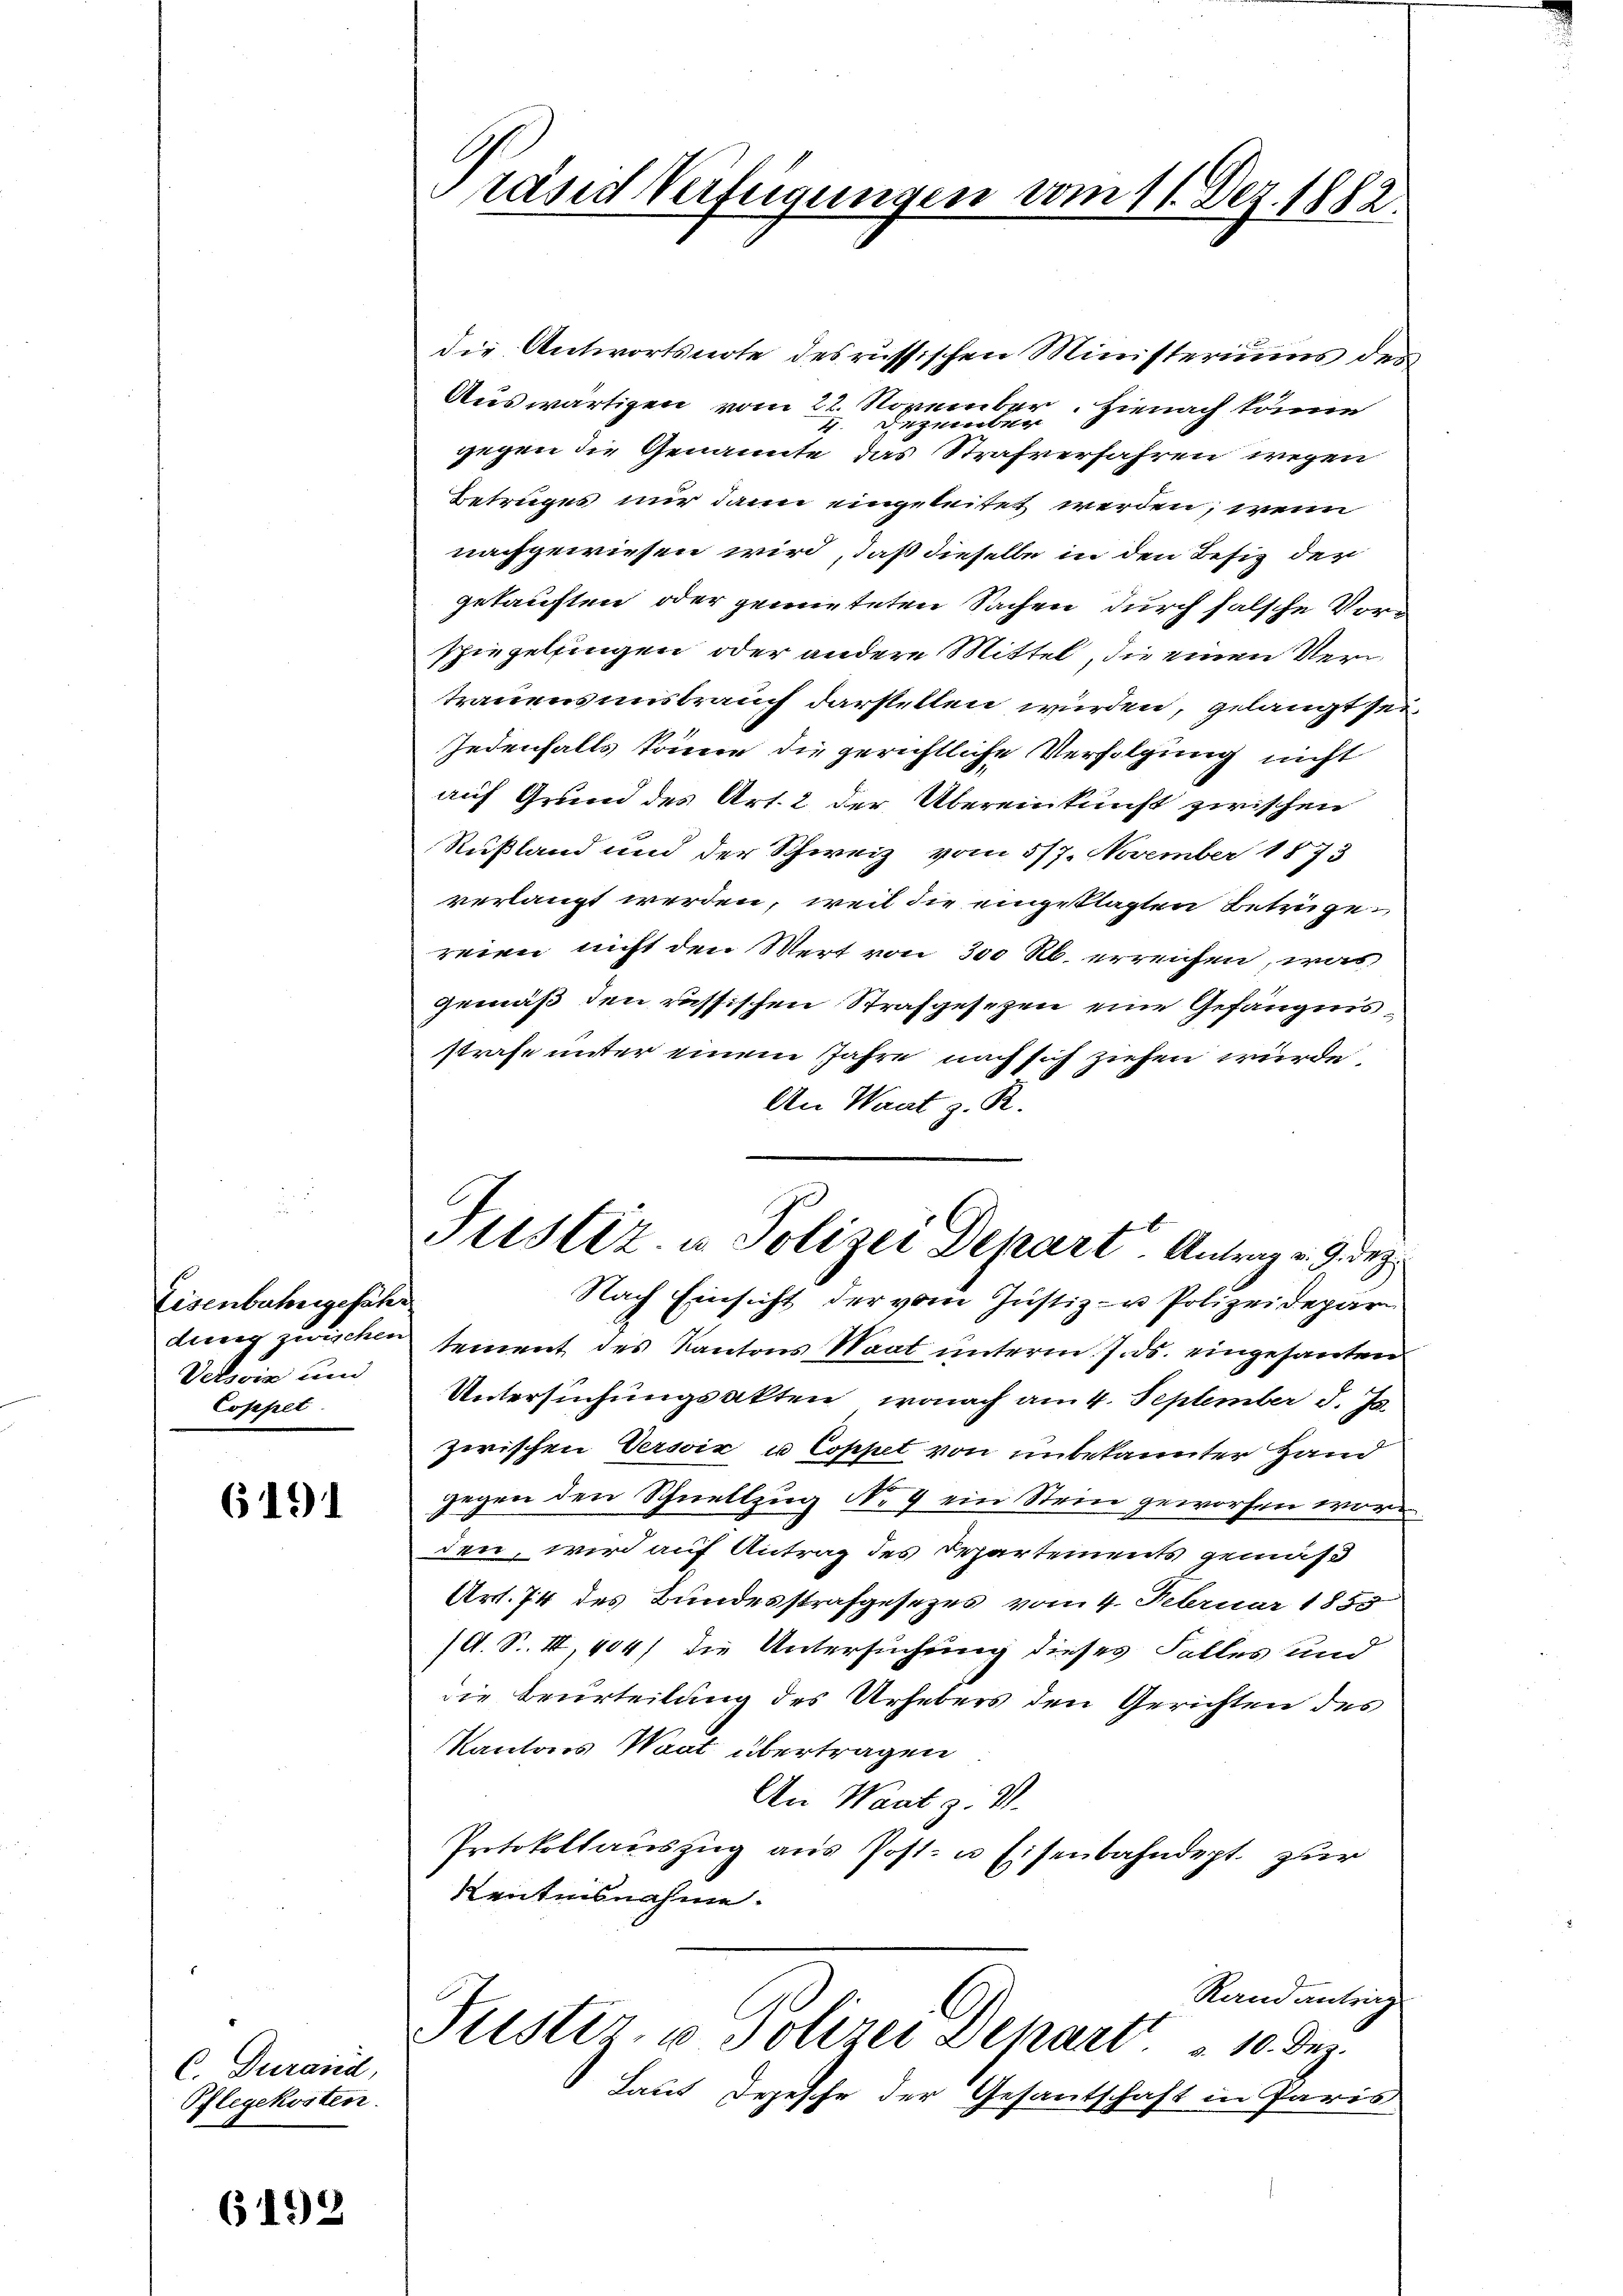
Eisenbahngefähr
Vetović und
Coppet

6191

C. Duraied,
Pflegekosten.

6492

räsd Verfügungen vom 11. Dez. 1882.

die Antwortsnote des russischen Ministeriums des
Auswärtigen vom 22. November. Hienach könne
Dezember
gegen die Genannte das Strafverfahren wegen
Betruges nur dann eingeleitet werden, wenn
nachgewiesen wird, daß dieselbe in den Besitz der
gekauften oder gemüsteten Sachen durch falsche Vorspiegelfingen oder andere Mittel, die einen Vertrauens unsbrauch darstellen würden, gelangt sei,
Jedenfalls könne die gerichtliche Verfolgung nicht
auf Grund des Art. 2 der Übereinkunft zwischen
Rußland und der Schweiz vom 5/7. November 1873
verlangt werden, weil die eingeklagten Betrüge
reien nicht den Wert von 300 Rb. erreichen, was
gemäß den russischen Strafgesezen eine Gefängnisstrafe unter einem Jahre nach sich ziehen würde,
An Wart z. R.
Nach Einsicht der vom Justiz- u Polizeidepar
dung zwischen seinent des Kantons Saat unterm 7. ds. eingesanten
Untersuchungsakten, wonach am 4. September d. Js.
zwischen Versie u Coppet von unbekannter Hand
gegen den Schnellzug No 9 ein Stein geworfen worden, wird auf Antrag des Departements gemäß
Art. 74 des Bundesstrafgesezes vom 4. Februar 1855
/A. S. II, 404) die Untersuchung dieses Falles und
die Beurteilung des Urhebers den Gerichten des
Kantons Waat übertragen
An Waatz. VI.
Protokollauszug aus Post- u Eisenbahndept. zur
Kentnisnahme.
Randantrag
Justiz, u. Polizei Depart 10. Dez.
Laus Depesche der Gesantschaft in Paris

Justiz in Polizei Depart. Antrag v. 9. dez.